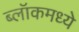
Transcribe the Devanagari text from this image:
ब्लॉकमध्‍ये